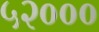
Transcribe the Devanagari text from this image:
५२०००